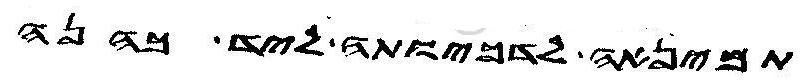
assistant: תמינאה לדכיותה ליד כהנה